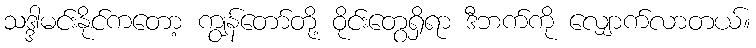
သဒ္ဒါမင်းနိုင်ကတော့ ကျွန်တော်တို့ ဝိုင်းတွေရှိရာ ဒီဘက်ကို လျှောက်လာတယ်။